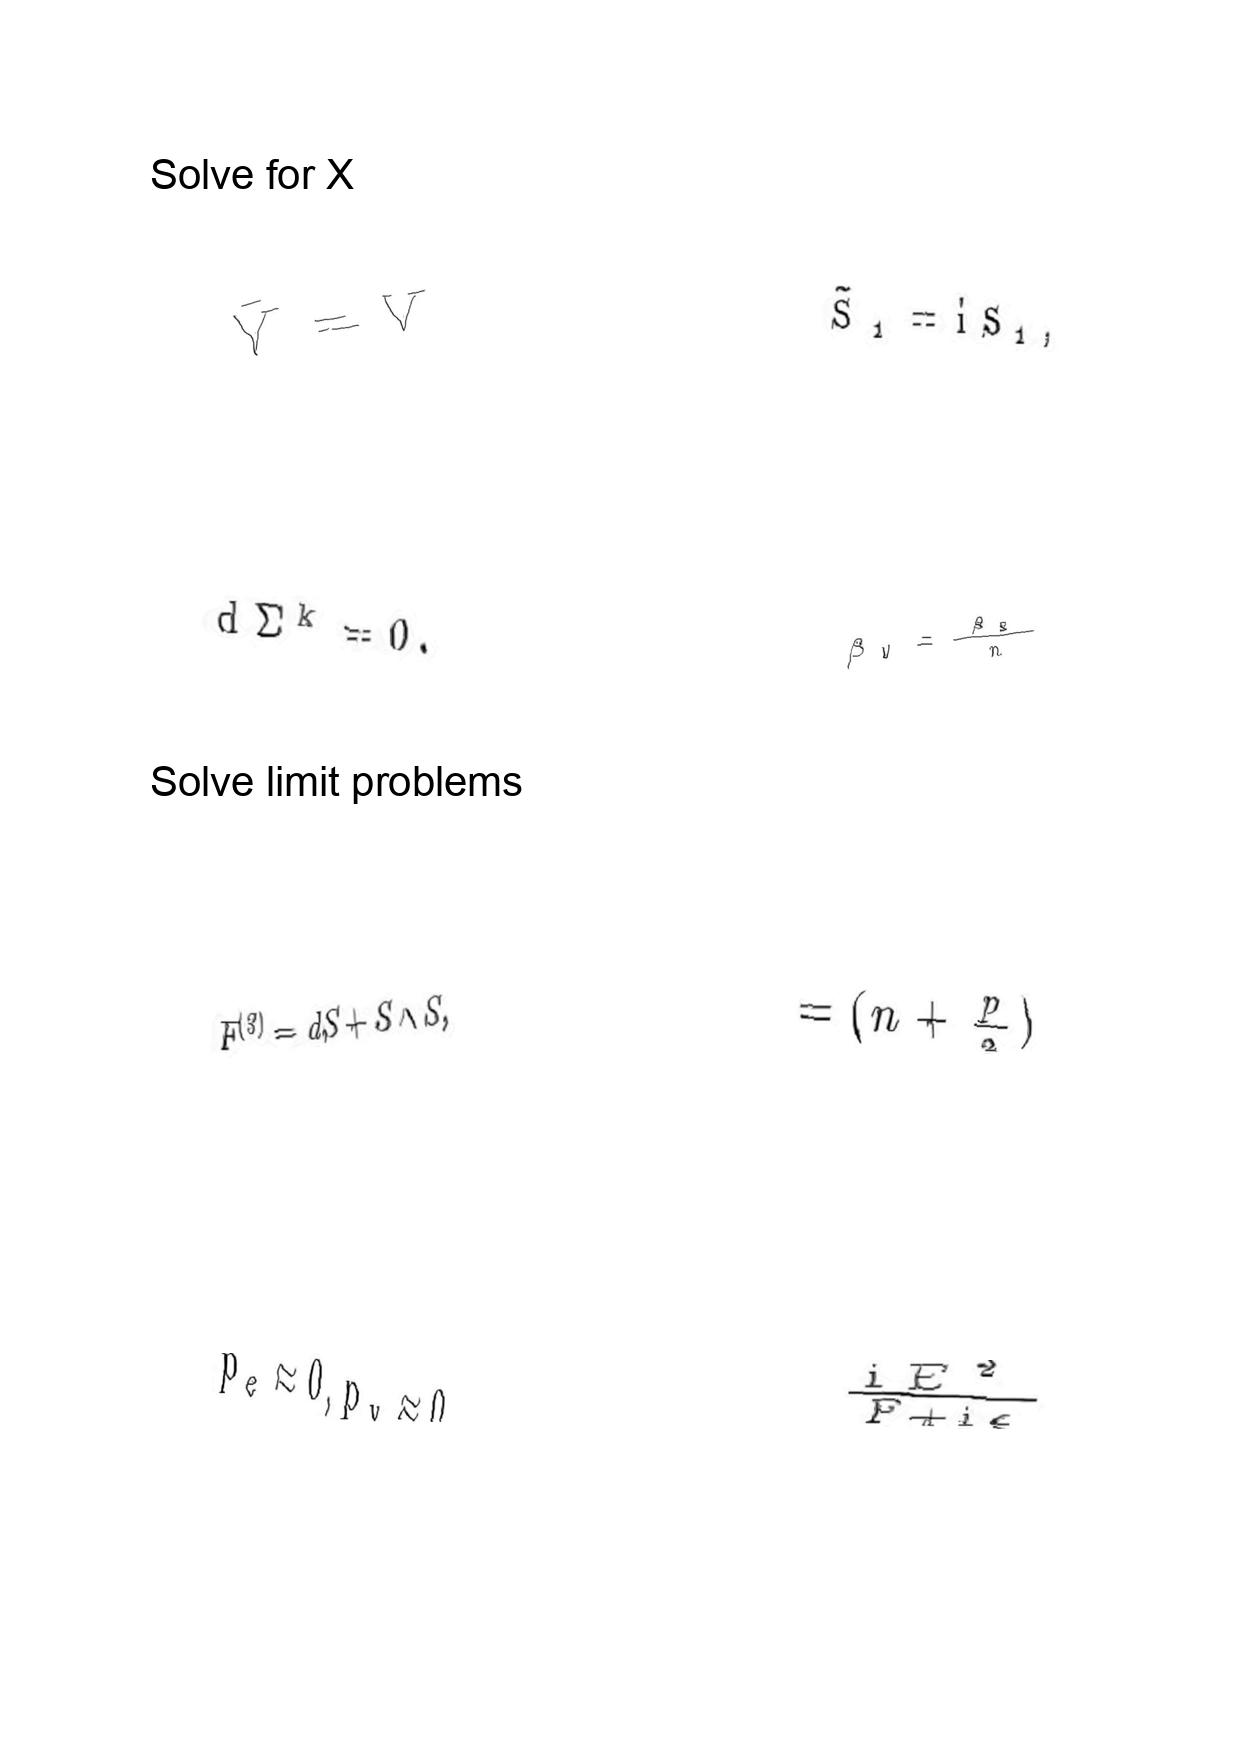
LaTeX transcription:
\bar { V } = V
d \Sigma ^ { k } = 0 .
F ^ { \lparen 3 \rparen } = d S + S \wedge S ,
p _ { e } \approx 0 , p _ { v } \approx 0 ,
\tilde { S } _ { 1 } = \mathrm { i } S _ { 1 } ,
\beta _ { W } = \frac { \beta _ { H } } { n }
= \lparen n + \frac { p } { 2 } \rparen
\frac { i E ^ { 2 } } { F + i \epsilon }